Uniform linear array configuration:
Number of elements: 8
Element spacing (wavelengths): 0.5
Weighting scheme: hann
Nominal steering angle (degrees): -45
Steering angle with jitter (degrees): -44.885
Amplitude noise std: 0.05
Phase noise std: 0.05

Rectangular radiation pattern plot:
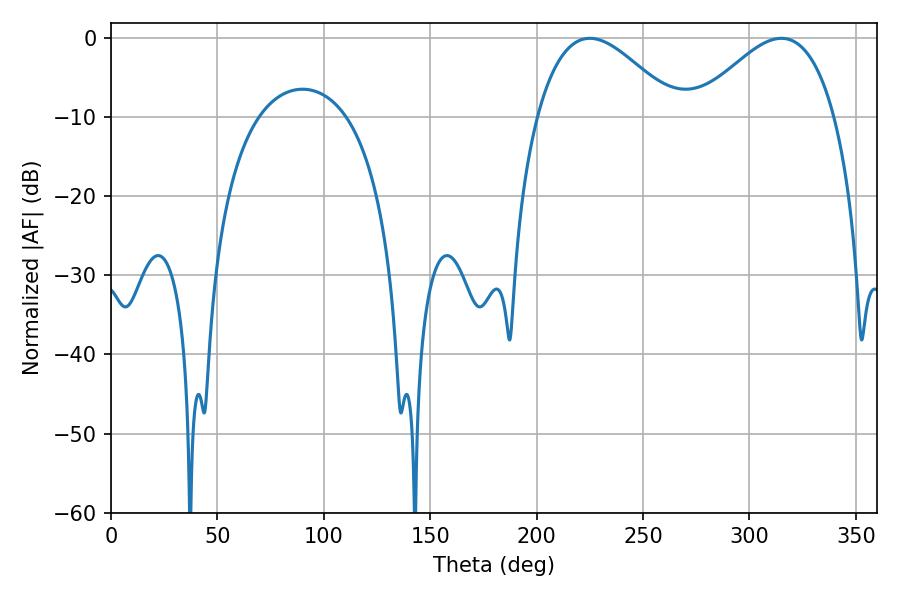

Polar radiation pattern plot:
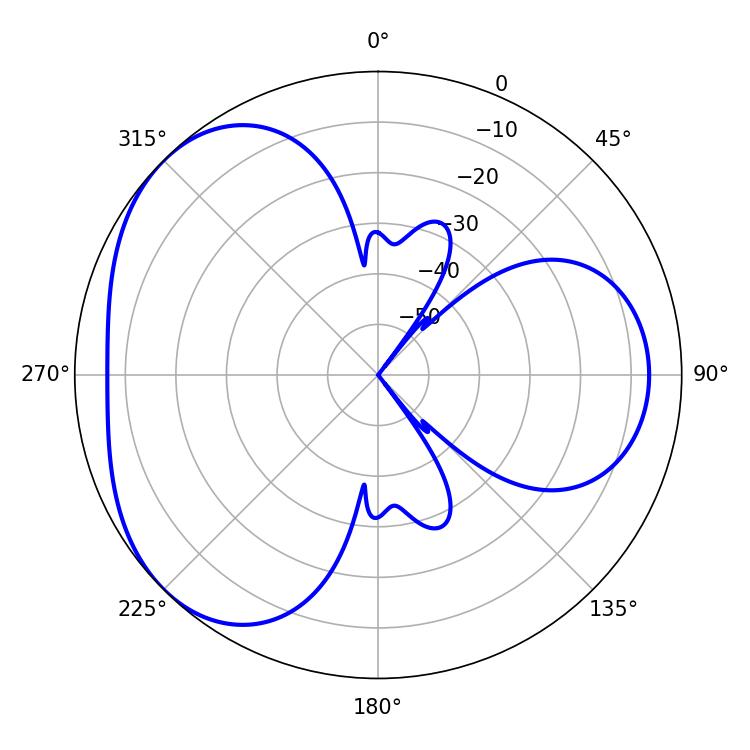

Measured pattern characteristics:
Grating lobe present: FALSE
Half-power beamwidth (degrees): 35.46
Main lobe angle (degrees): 225